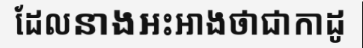
ដែលនាងអះអាងថាជាកាដូ